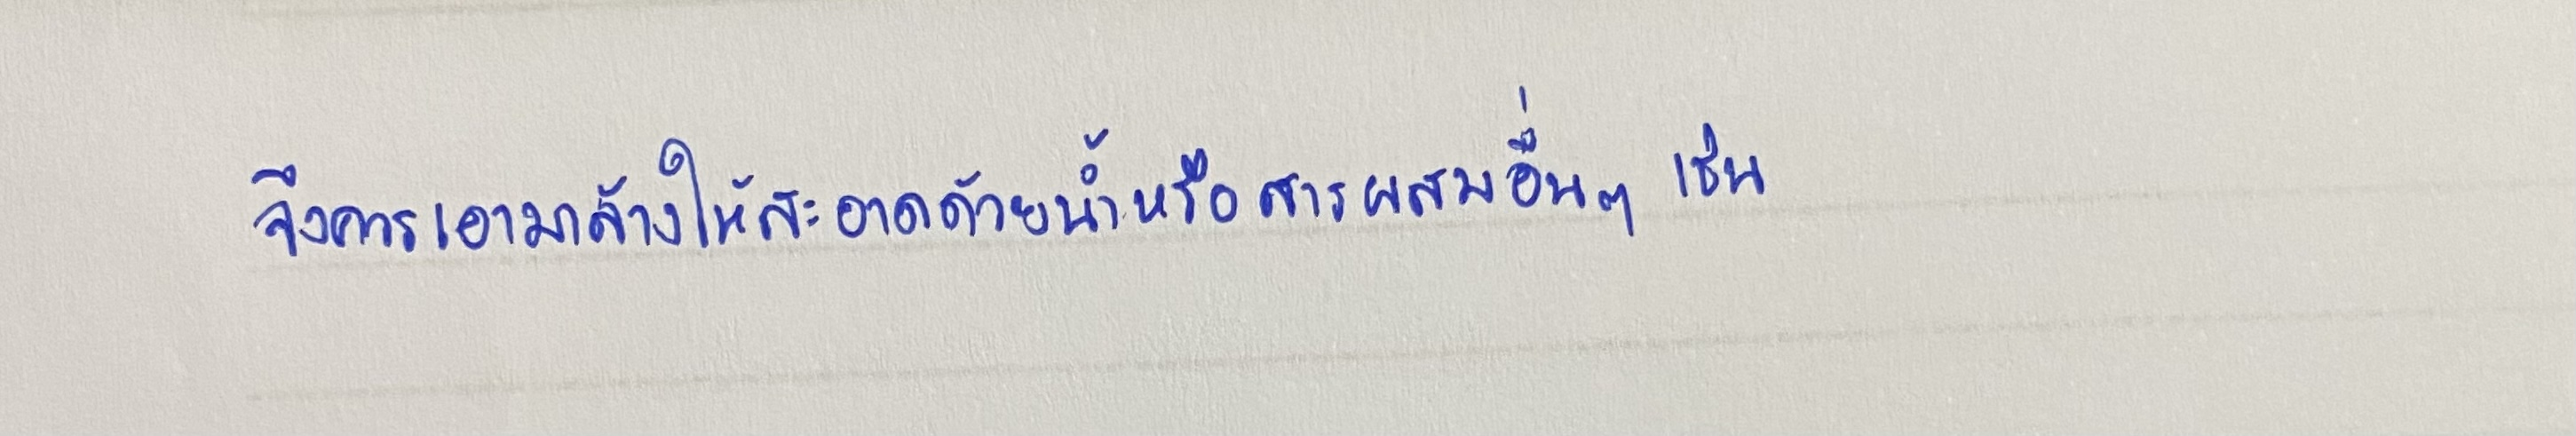
จึงควรเอามาล้างให้สะอาดด้วยน้ำหรือสารผสมอื่นๆเช่น